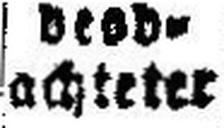
achteter